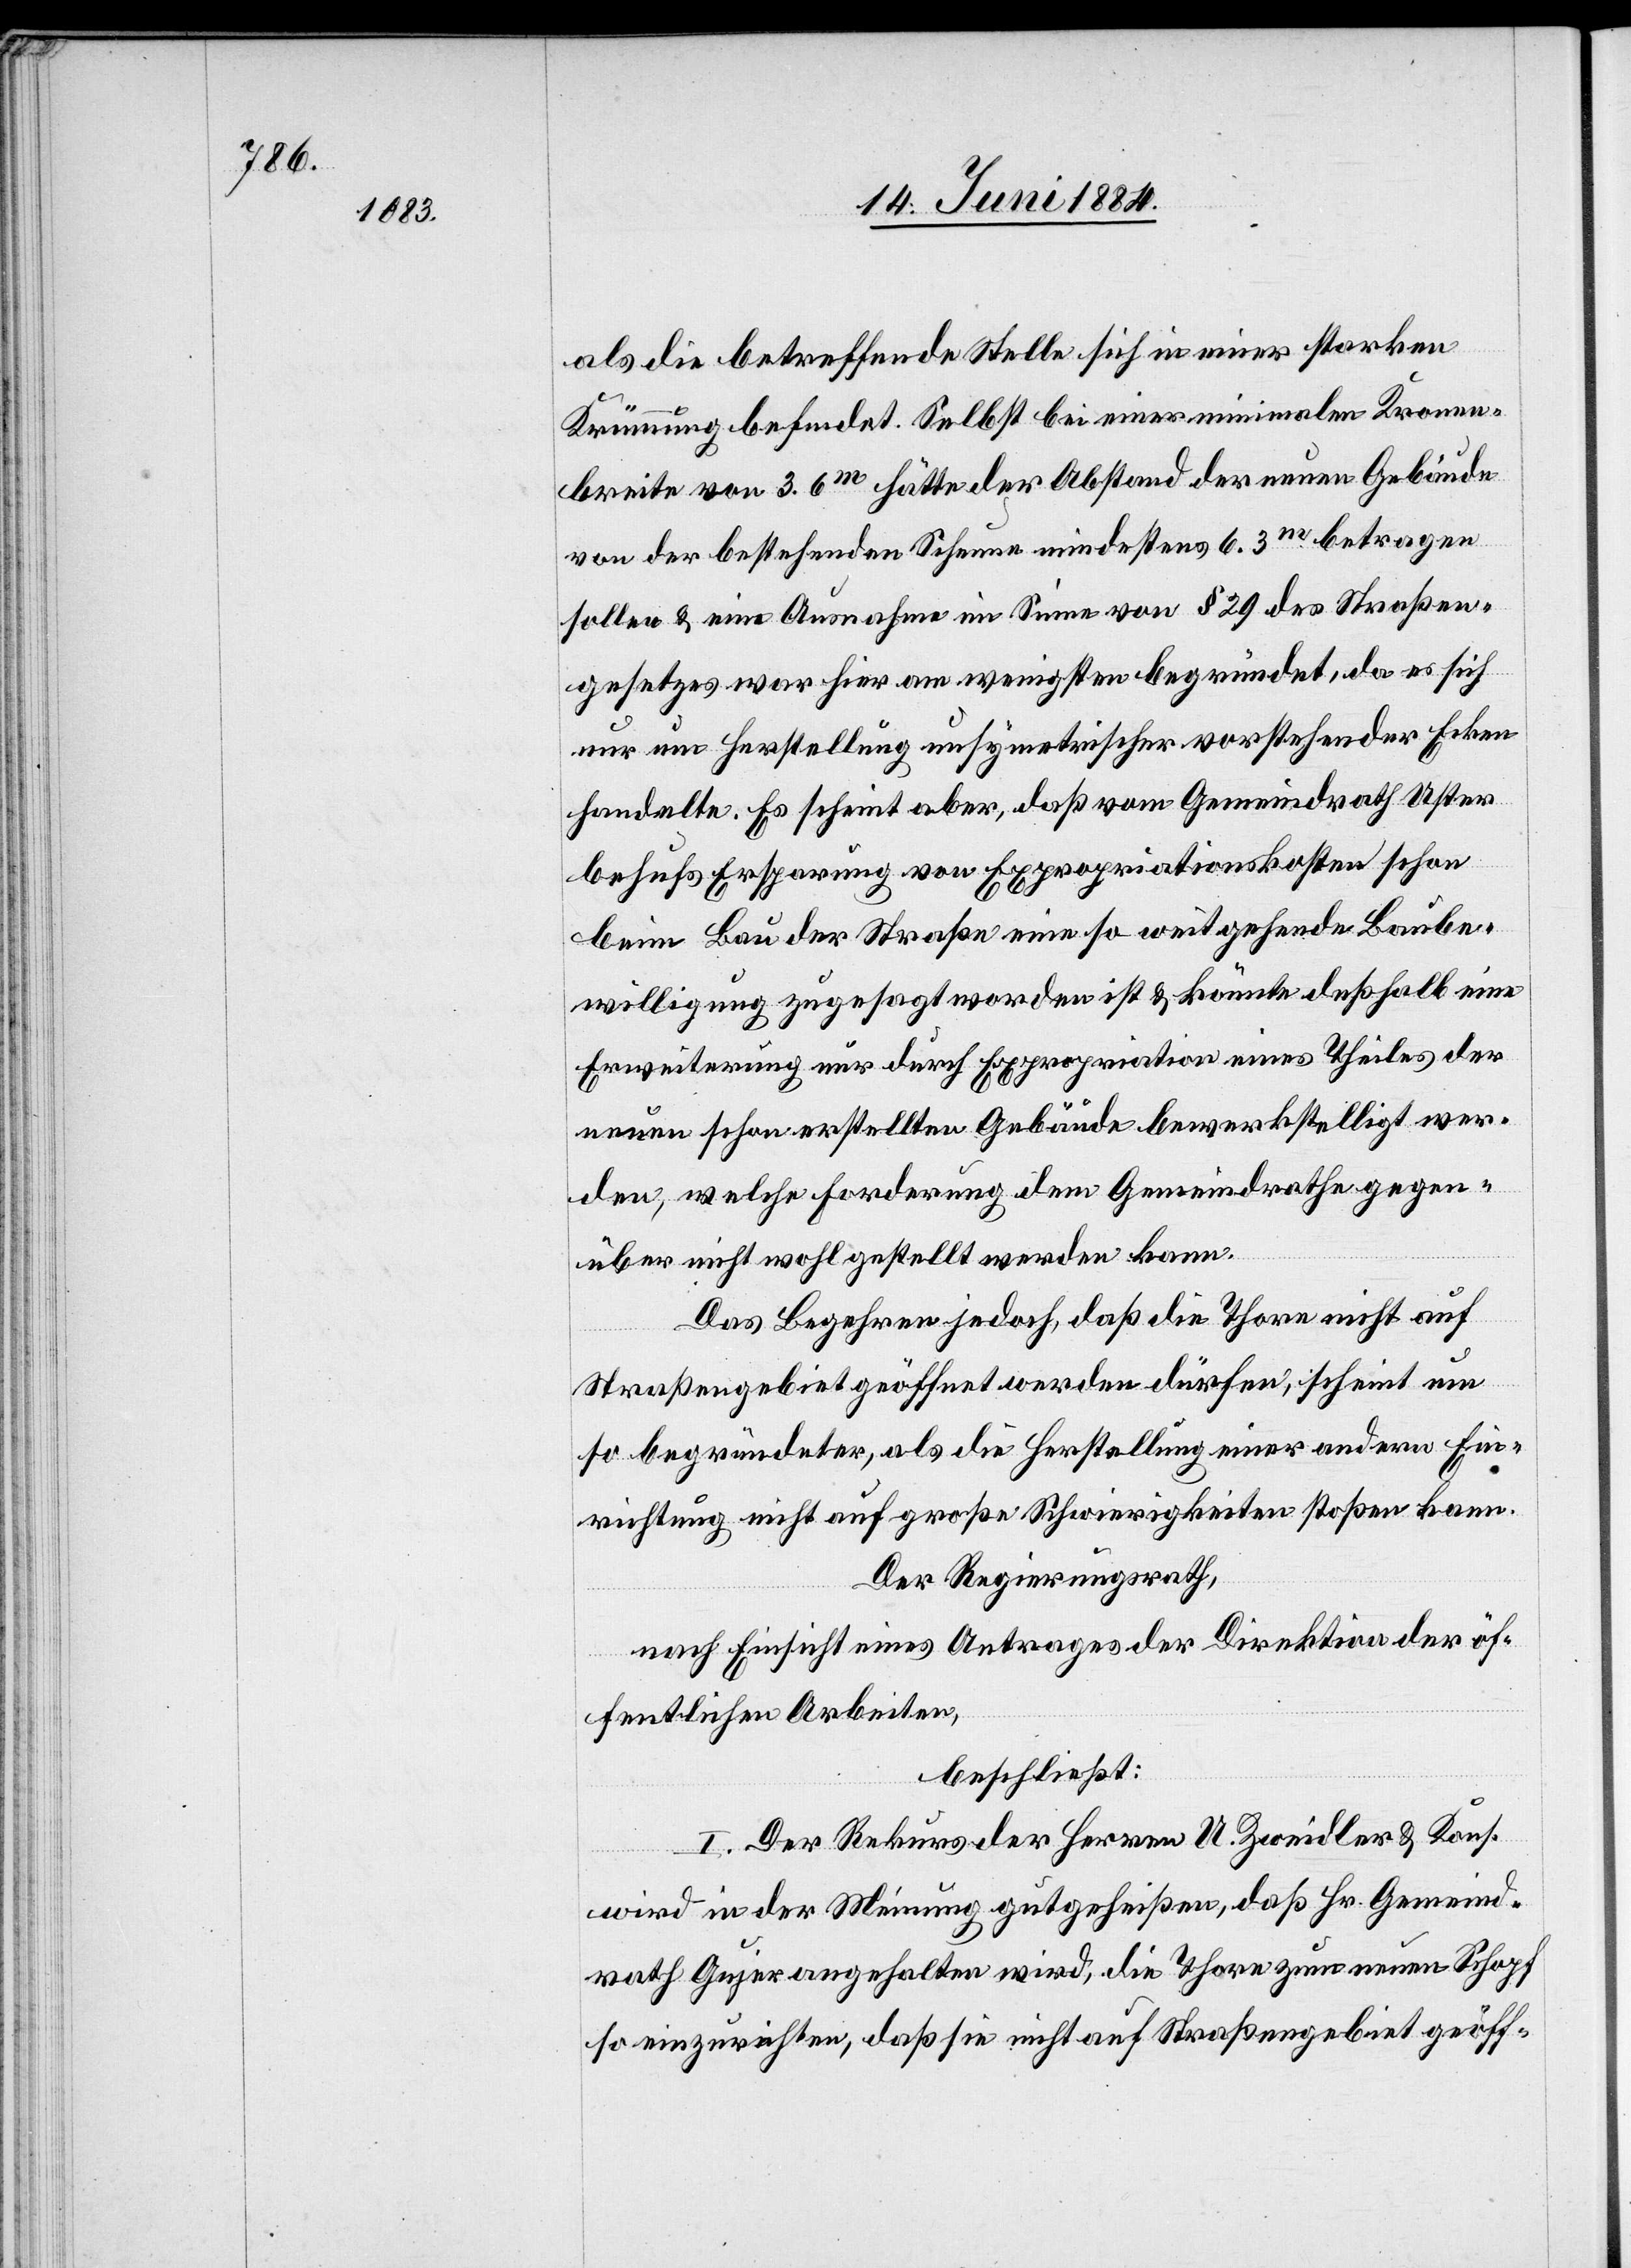
als die betreffende Stelle sich in einer starken
Krümmung befindet. Selbst bei einer minimalen Kronen¬
sollen & eine Ausnahme im Sinne von § 29 des Straßen¬
gesetzes war hier am wenigsten begründet, da es sich
nur um Herstellung unsymetrischer vorstehender Ecken
handelte. Es scheint aber, daß vom Gemeindrath Uster
behufs Ersparung von Expropriationskosten schon
beim Bau der Straße eine so weitgehende Baube¬
willigung zugesagt worden ist & könnte deßhalb eine
Erweiterung nur durch Expropriation eines Theiles der
neuen schon erstellten Gebäude bewerkstelligt wer¬
den, welche Forderung dem Gemeindrathe gegen¬
über nicht wohl gestellt werden kann.
Das Begehren jedoch, daß die Thore nicht auf
Straßengebiet geöffnet werden dürfen, scheint um
so begründeter, als die Herstellung einer andern Ein¬
richtung nicht auf große Schwierigkeiten stoßen kann.
Der Regierungsrath,
nach Einsicht eines Antrages der Direktion der öf¬
fentlichen Arbeiten,
beschließt:
I. Der Rekurs der Herren U. Zweidler & Kons.
3.6m
wird in der Meinung gutgeheißen, daß Hr. Gemeind¬
rath Gujer angehalten wird, die Thore zum neuen Schopf
so einzurichten, daß sie nicht auf Straßengebiet geöff-